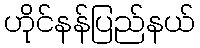
ဟိုင်နန်ပြည်နယ်